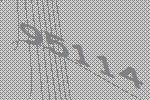
95114